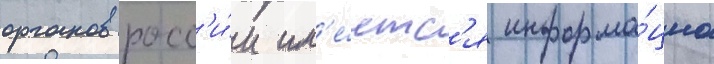
органов росс'и́и им'е́етс'я информа́циа